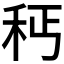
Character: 𥝽